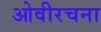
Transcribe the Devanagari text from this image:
ओवीरचना